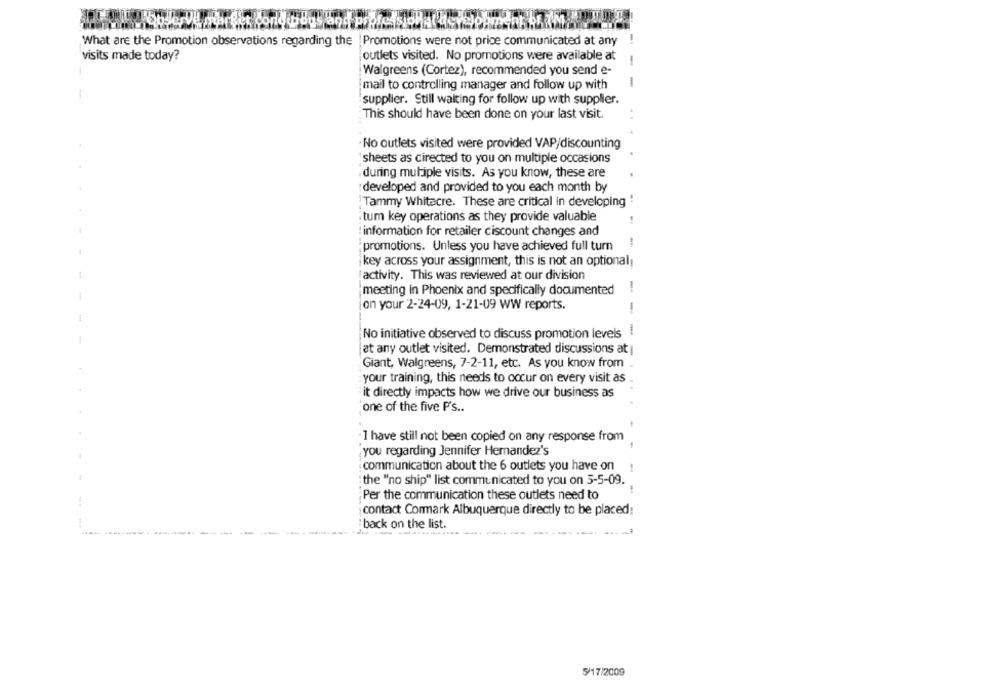
What are the Promotion observations regarding the Promotions were not price communicated at any
outlets visited. No promotions were available at
visits made today?
Walgreens (Cortez), recommended you send e-
-
mail to controlling manager and follow up with
supplier. Still waiting for follow up with supplier.
This should have been done on your last visit.
No outlets visited were provided VAP/discounting
'sheets as directed to you on multiple occasions
. during multiple visits. As you know, these are
: developed and provided to you each month by
Tammy Whitacre. These are critical in developing
: tum key operations as they provide valuable
:information for retailer ciscount changes and
promotions. Unless you have achieved full turn
key across your assignment, this is not an optional,
activity. This was reviewed at our division
meeting in Phoenix and specifically documented
-
(on your 2-24-09, 1-21-09 WW reports.
No initiative observed to discuss promotion levels !
at any outlet visited. Demonstrated discussions at
Giant, Walgreens, 7-2-11, etc. As you know from
your training, this needs to occur on every visit as
- - - -...
it directly impacts how we drive our business as
'one of the five P's ..
: 1 have still not been copied on any response from
you regarding Jennifer Hernandez's
communication about the 6 outlets you have on
-
the "no ship" list communicated to you on 5-5-09.
Per the communication these outlets need to
contact Cormark Albuquerque directly to be placed:
back on the list.
----------
5/17/2009